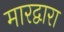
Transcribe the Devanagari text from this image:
मारद्वारा